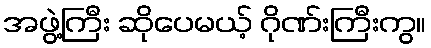
အဖွဲ့ကြီး ဆိုပေမယ့် ဂိုဏ်းကြီးကွ။